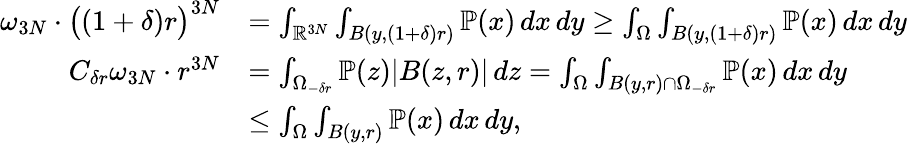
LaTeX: \begin{array}{rl}{\omega_{3N}\cdot\bigl((1+\delta)r\bigr)^{3N}}&{=\int_{\mathbb{R}^{3N}}\int_{B(y,(1+\delta)r)}\mathbb{P}(x)\, dx\, dy\geq\int_{\Omega}\int_{B(y,(1+\delta)r)}\mathbb{P}(x)\, dx\, dy}\\ {C_{\delta r}\omega_{3N}\cdot r^{3N}}&{=\int_{\Omega_{-\delta r}}\mathbb{P}(z)|B(z,r)|\, dz=\int_{\Omega}\int_{B(y,r)\cap\Omega_{-\delta r}}\mathbb{P}(x)\, dx\, dy}\\ &{\leq\int_{\Omega}\int_{B(y,r)}\mathbb{P}(x)\, dx\, dy,}\end{array}